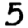
Digit: 5